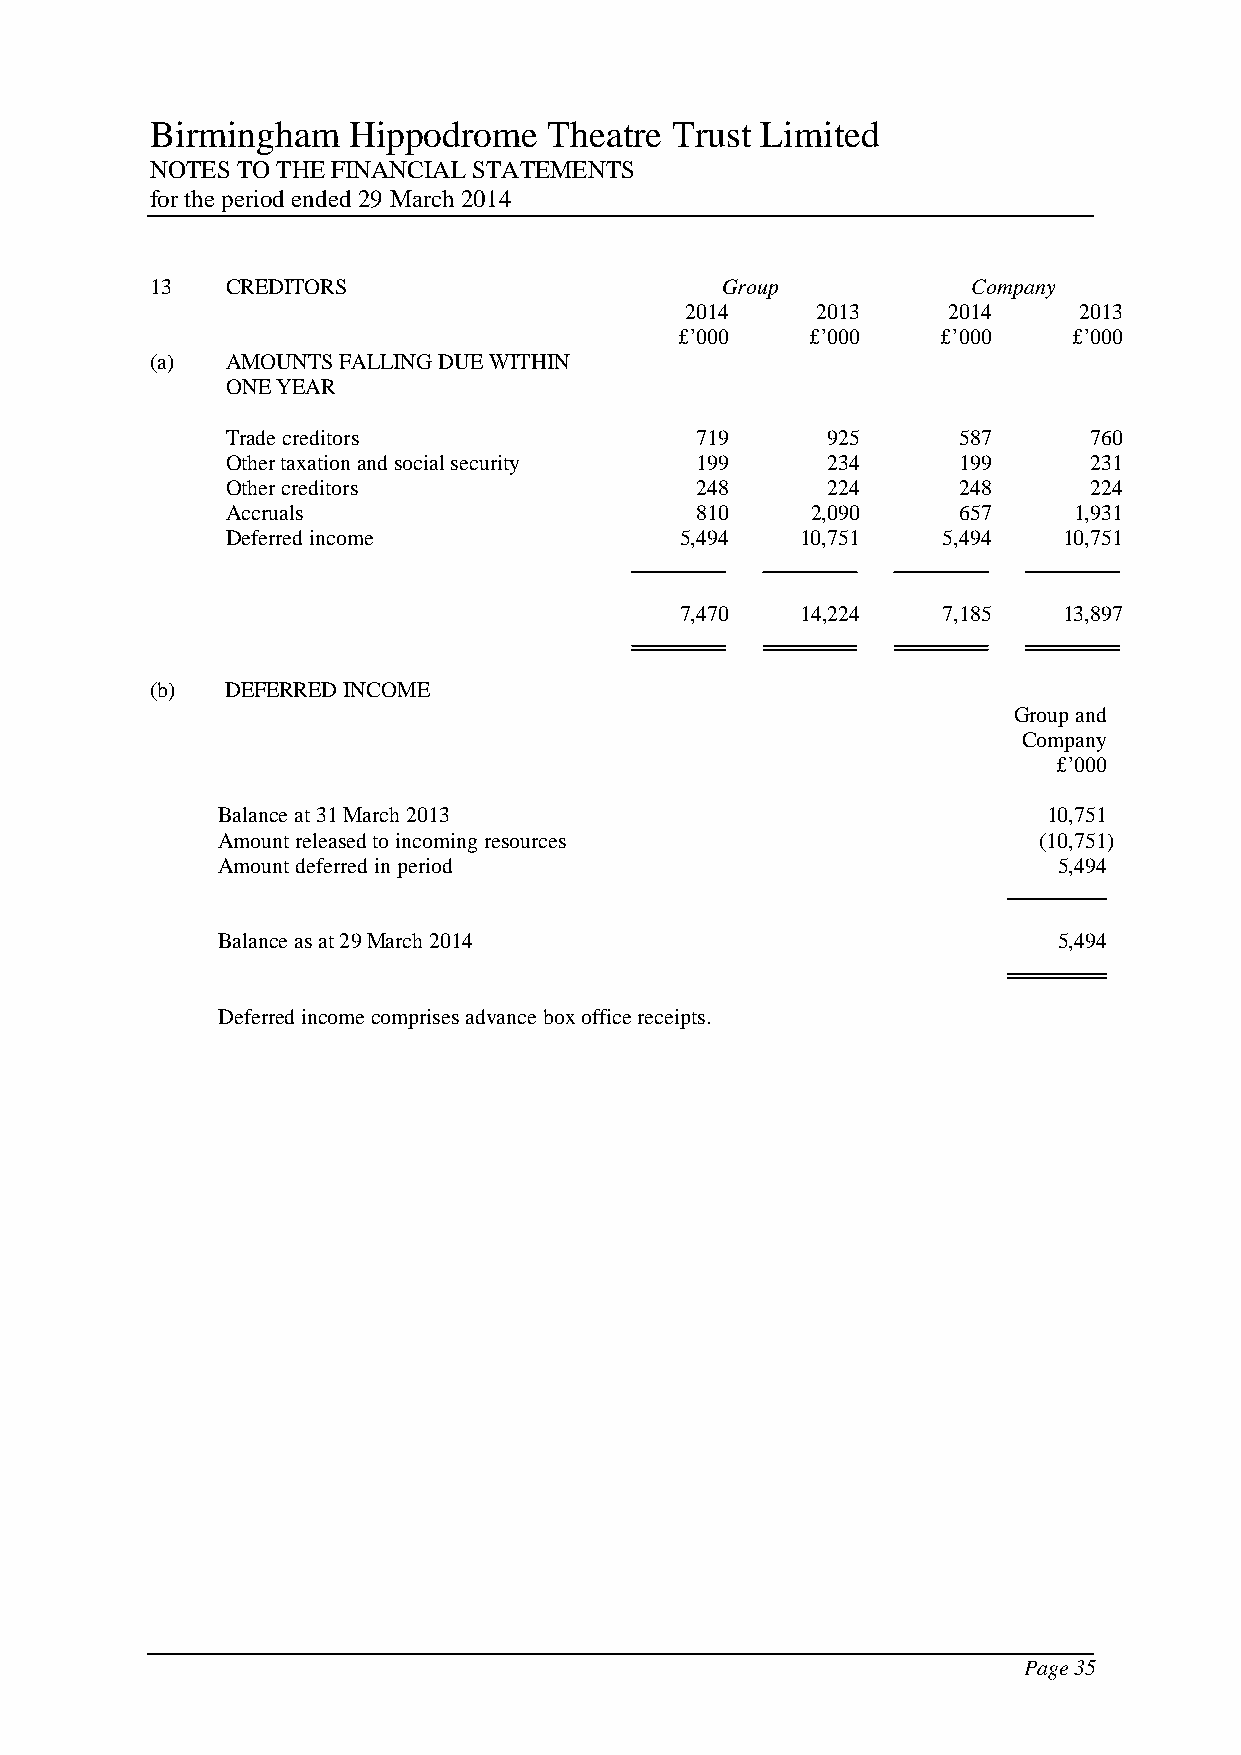
Birmingham   Hippodrome   Theatre Trust Limited
 NOTES TO THE FINANCIAL STATEMENTS
 for the period ended 29 March 2014
 13   CREDITORS                        Group           Company
 2014     2013     2014    2013
 £’000    £’000   £’000    £’000
 (a)  AMOUNTS FALLING DUE WITHIN
 ONE YEAR
 Trade creditors                719      925     587      760
 Other taxation and social security 199  234     199      231
 Other creditors                248      224     248      224
 Accruals                       810     2,090    657     1,931
 Deferred income               5,494   10,751   5,494   10,751
 7,470   14,224   7,185   13,897
 (b)  DEFERRED INCOME
 Group and
 Company
 £’000
 Balance at 31 March 2013                               10,751
 Amount released to incoming resources                  (10,751)
 Amount deferred in period                               5,494
 Balance as at 29 March 2014                             5,494
 Deferred income comprises advance box office receipts.
 Page 35